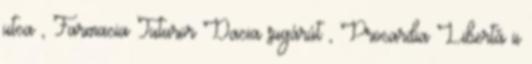
utca , Farmacia Tuturor Dacia sugárút , Procardia Libertății